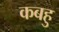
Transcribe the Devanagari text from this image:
कबहु